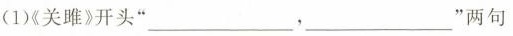
(1)《关雎>开头”___，___”两句